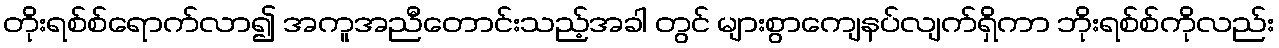
တိုးရစ်စ်ရောက်လာ၍ အကူအညီတောင်းသည့်အခါ တွင် များစွာကျေနပ်လျက်ရှိကာ ဘိုးရစ်စ်ကိုလည်း